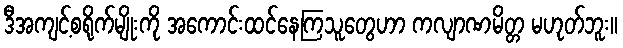
ဒီအကျင့်စရိုက်မျိုးကို အကောင်းထင်နေကြသူတွေဟာ ကလျာဏမိတ္တ မဟုတ်ဘူး။